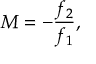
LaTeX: M = - { \frac { f _ { 2 } } { f _ { 1 } } } ,